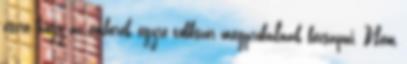
észre, hogy az emberek egyre többször megpróbálnak becsapni. Nem